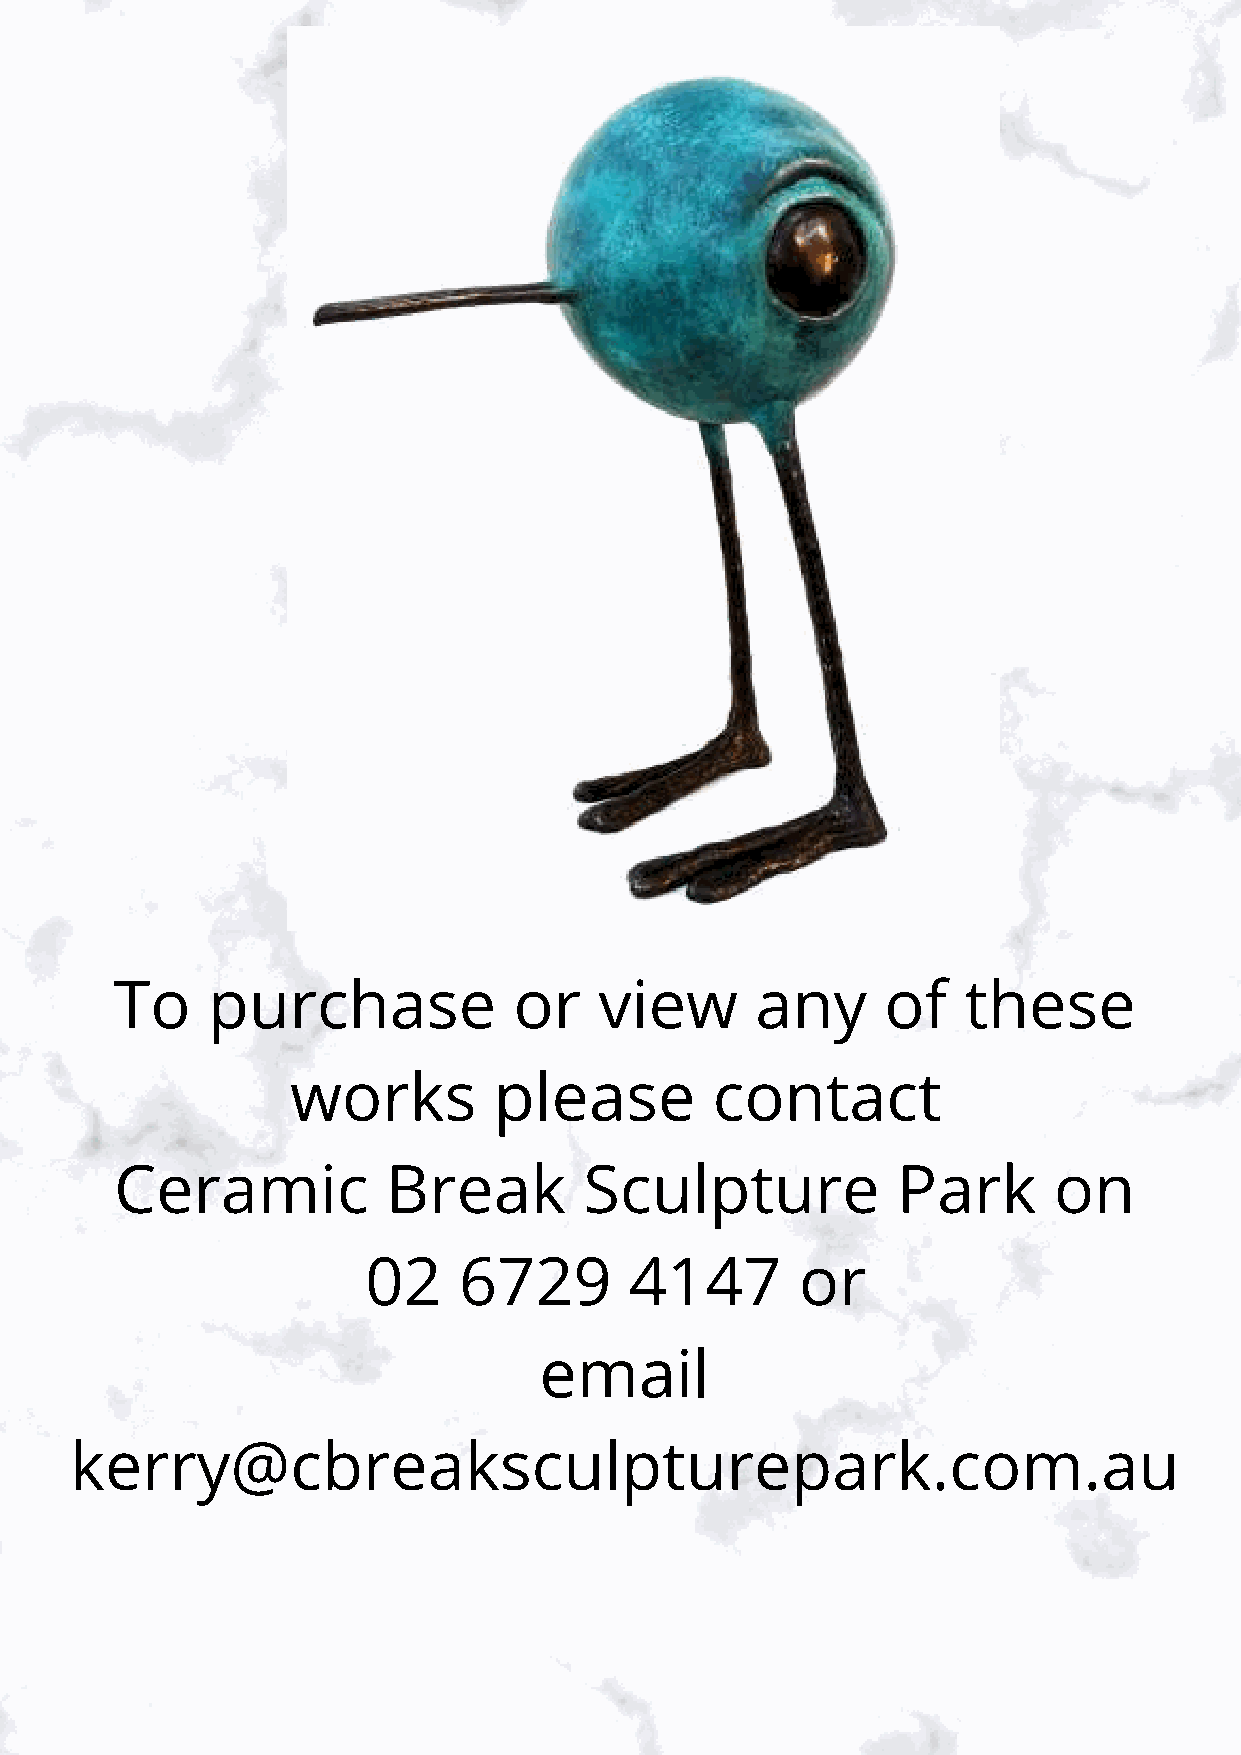
To    purchase            or    view      any      of   these
 works         please        contact
 Ceramic           Break        Sculpture           Park       on
 02    6729        4147       or
 email
 kerry@cbreaksculpturepark.com.au